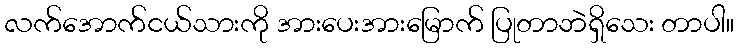
လက်အောက်ငယ်သားကို အားပေးအားမြောက် ပြုတာဘဲရှိသေး တာပါ။